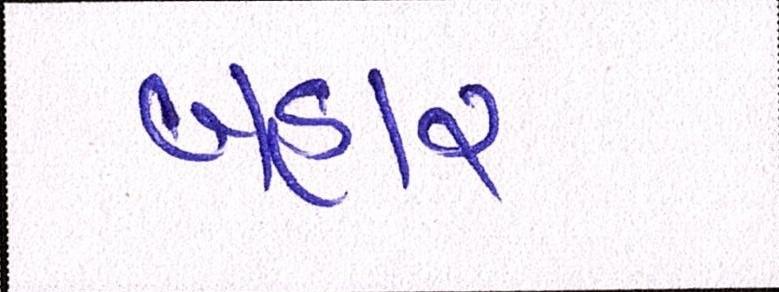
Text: બહાર